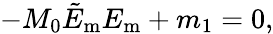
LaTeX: -M_{0}\tilde{E}_{\mathrm{m}}E_{\mathrm{m}}+m_{1}=0,